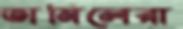
তামিলেরা